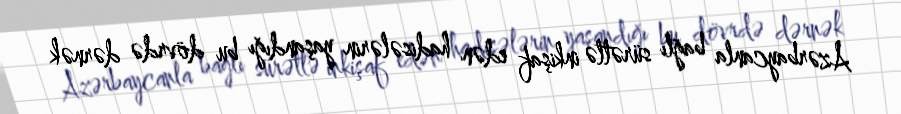
Azərbaycanla bağlı sürətlə inkişaf edən hadisələrin yaşandığı bu dövrdə dərnək